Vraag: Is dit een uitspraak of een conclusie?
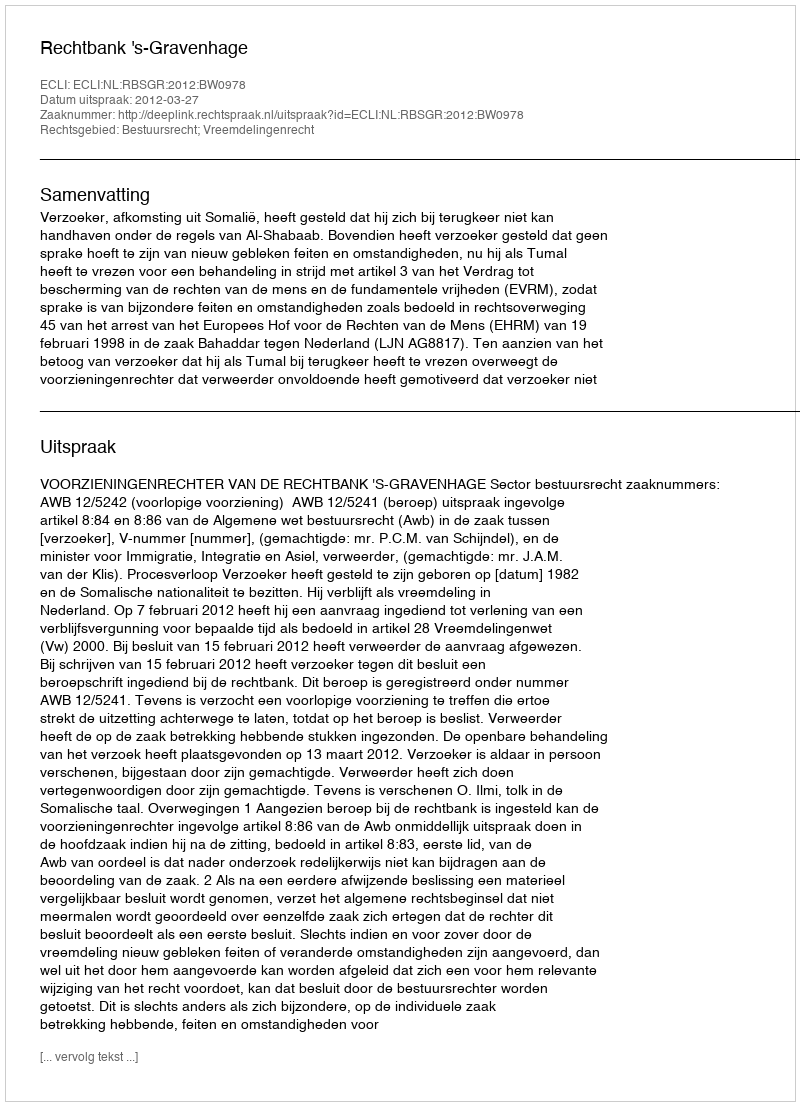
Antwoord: Uitspraak